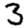
Digit: 3